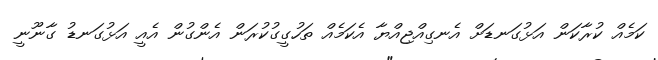
ކަމެއް ކުރާކަން އަޅުގަނޑަށް އެނގިއްޖިއްޔާ އެކަމެއް ތަހުގީގުކުރަން އެންގުން އެއީ އަޅުގަނޑު ގާނޫނީ